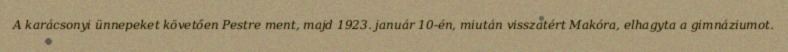
A karácsonyi ünnepeket követően Pestre ment, majd 1923. január 10-én, miután visszatért Makóra, elhagyta a gimnáziumot.